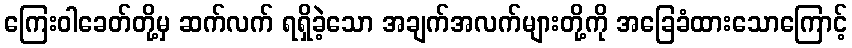
ကြေးဝါခေတ်တို့မှ ဆက်လက် ရရှိခဲ့သော အချက်အလက်များတို့ကို အခြေခံထားသောကြောင့်